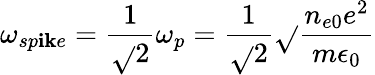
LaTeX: \omega_{sp\mathbf{i}\mathbf{k}e}=\frac{{1}}{{\sqrt{}{{2}}}}\omega_{p}=\frac{{1}}{{\sqrt{}{{2}}}}\sqrt{}{{\frac{{n_{e0}e^{2}}}{{m\epsilon_{0}}}}}